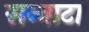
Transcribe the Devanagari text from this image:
सन्‍नाटा